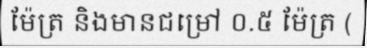
ម៉ែត្រ និងមានជម្រៅ ០.៥ ម៉ែត្រ (